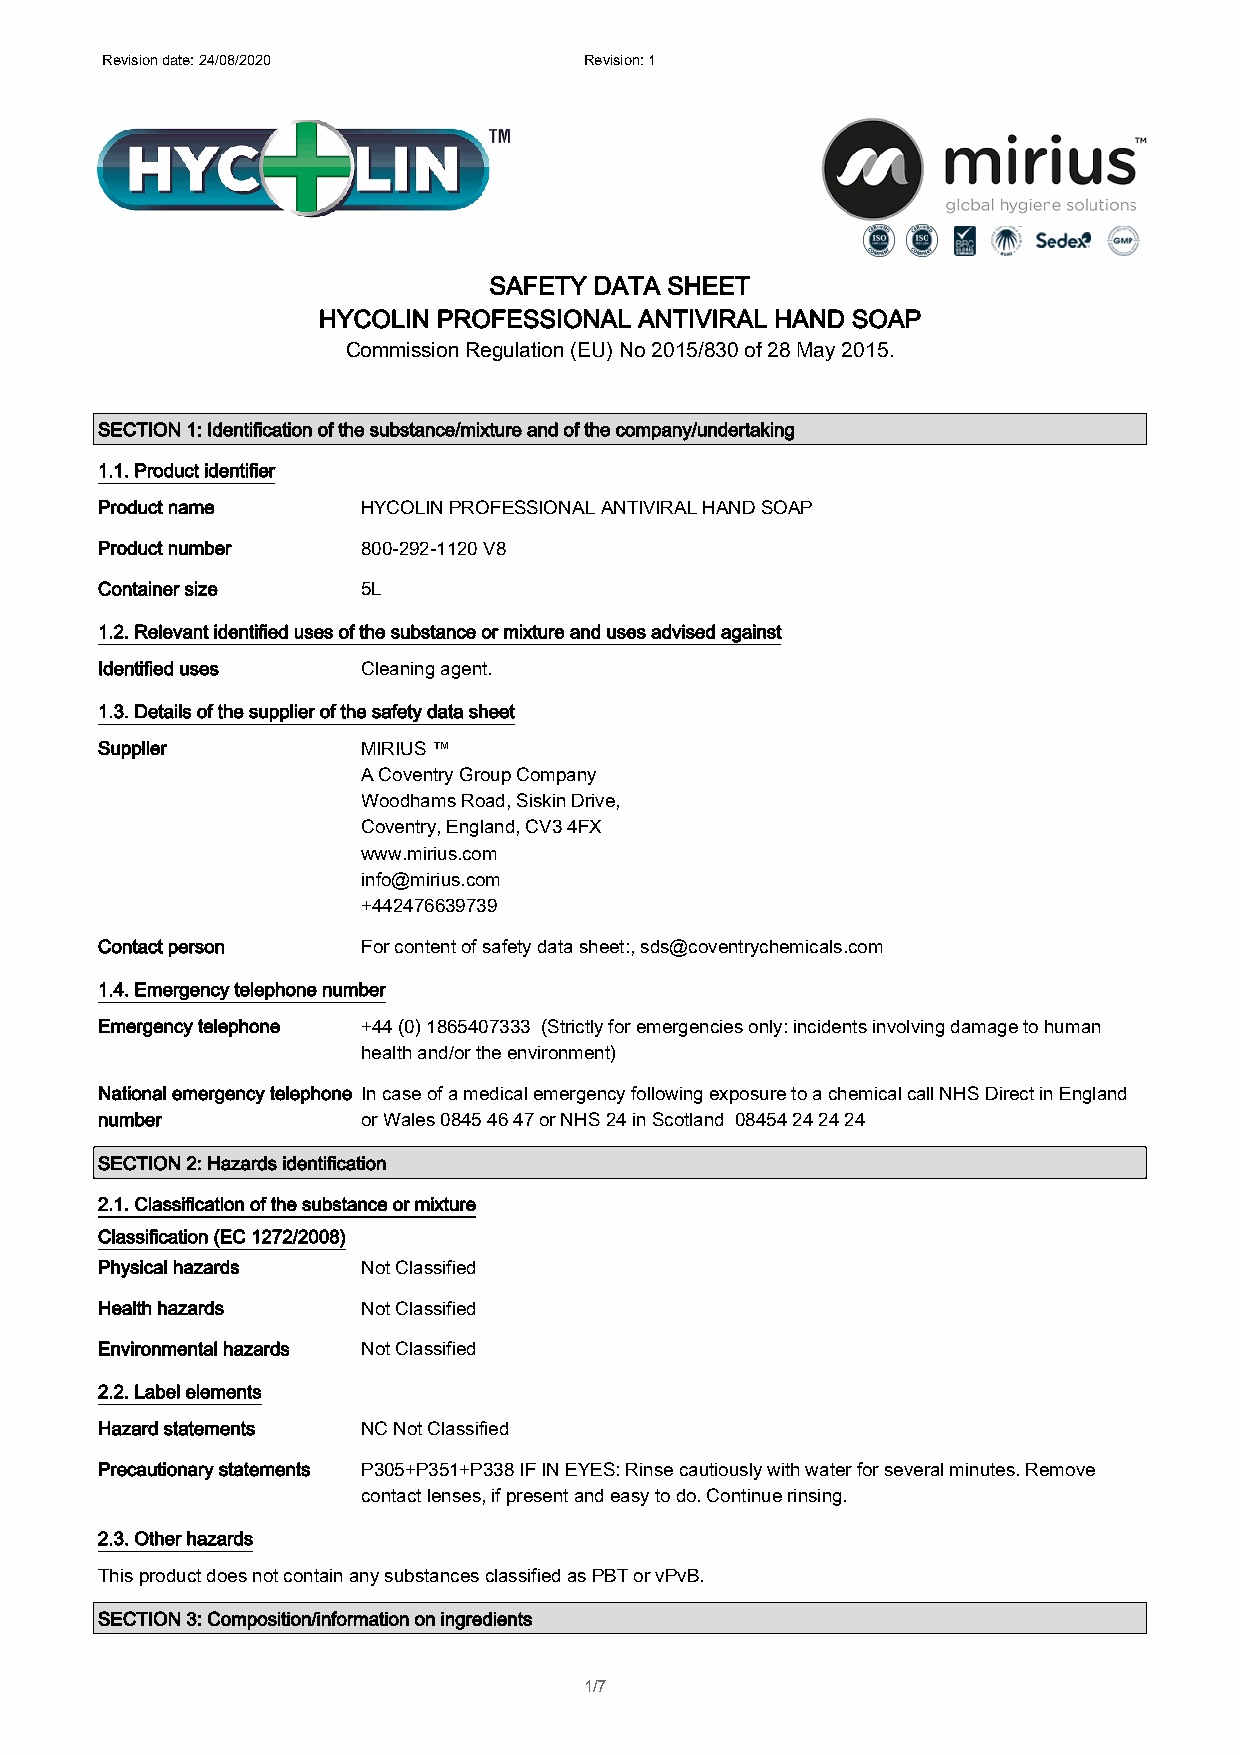
Revision date: 24/08/2020       Revision: 1
 SAFETY DATA SHEET
 HYCOLIN PROFESSIONAL ANTIVIRAL HAND SOAP
 Commission Regulation (EU) No 2015/830 of 28 May 2015.
 SECTION 1: Identification of the substance/mixture and of the company/undertaking
 1.1. Product identifier
 Product name      HYCOLIN PROFESSIONAL ANTIVIRAL HAND SOAP
 Product number    800-292-1120 V8
 Container size    5L
 1.2. Relevant identified uses of the substance or mixture and uses advised against
 Identified uses   Cleaning agent.
 1.3. Details of the supplier of the safety data sheet
 Supplier          MIRIUS ™
 A Coventry Group Company
 Woodhams Road, Siskin Drive,
 Coventry, England, CV3 4FX
 www.mirius.com
 info@mirius.com
 +442476639739
 Contact person    For content of safety data sheet:, sds@coventrychemicals.com
 1.4. Emergency telephone number
 Emergency telephone +44 (0) 1865407333 (Strictly for emergencies only: incidents involving damage to human
 health and/or the environment)
 National emergency telephone In case of a medical emergency following exposure to a chemical call NHS Direct in England
 number            or Wales 0845 46 47 or NHS 24 in Scotland 08454 24 24 24
 SECTION 2: Hazards identification
 2.1. Classification of the substance or mixture
 Classification (EC 1272/2008)
 Physical hazards  Not Classified
 Health hazards    Not Classified
 Environmental hazards Not Classified
 2.2. Label elements
 Hazard statements NC Not Classified
 Precautionary statements P305+P351+P338 IF IN EYES: Rinse cautiously with water for several minutes. Remove
 contact lenses, if present and easy to do. Continue rinsing.
 2.3. Other hazards
 This product does not contain any substances classified as PBT or vPvB.
 SECTION 3: Composition/information on ingredients
 1/7